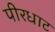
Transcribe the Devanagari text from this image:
पीरधाट